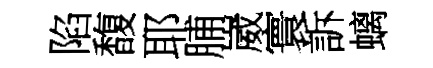
陷馥耶脯崴寰訴螭